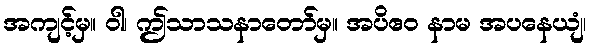
အကျင့်မှ။ ဝါ၊ ဤသာသနာတော်မှ။ အပိဧဝ နာမ အပနေယျံ၊